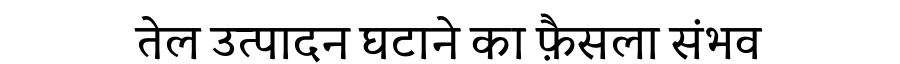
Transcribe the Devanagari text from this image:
तेल उत्पादन घटाने का फ़ैसला संभव